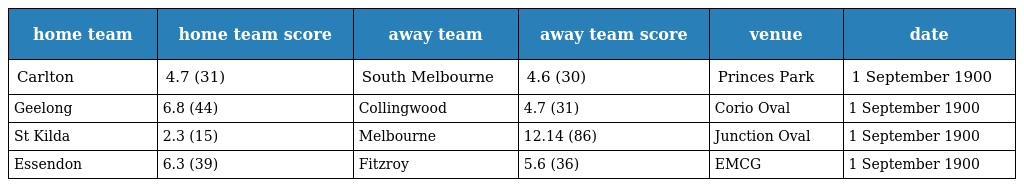
| home team | home team score | away team | away team score | venue | date |
 | --- | --- | --- | --- | --- | --- |
 | Carlton | 4.7 (31) | South Melbourne | 4.6 (30) | Princes Park | 1 September 1900 |
 | Geelong | 6.8 (44) | Collingwood | 4.7 (31) | Corio Oval | 1 September 1900 |
 | St Kilda | 2.3 (15) | Melbourne | 12.14 (86) | Junction Oval | 1 September 1900 |
 | Essendon | 6.3 (39) | Fitzroy | 5.6 (36) | EMCG | 1 September 1900 |